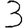
Digit: 3